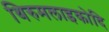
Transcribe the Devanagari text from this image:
थिरुमलाइकोदि